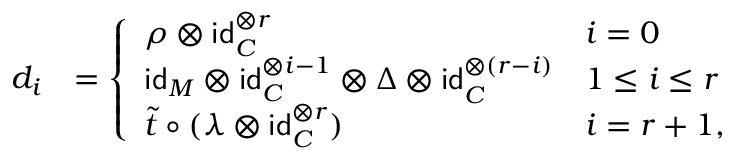
\begin{array} { r l } { d _ { i } } & { = \left\{ \begin{array} { l l } { \rho \otimes \mathsf { i d } _ { C } ^ { \otimes r } } & { i = 0 } \\ { \mathsf { i d } _ { M } \otimes \mathsf { i d } _ { C } ^ { \otimes i - 1 } \otimes \Delta \otimes \mathsf { i d } _ { C } ^ { \otimes ( r - i ) } } & { 1 \le i \le r } \\ { \Tilde { t } \circ ( \lambda \otimes \mathsf { i d } _ { C } ^ { \otimes r } ) } & { i = r + 1 , } \end{array} \right. } \end{array}